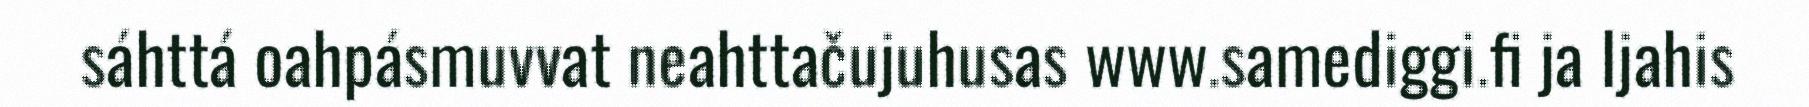
sáhttá oahpásmuvvat neahttačujuhusas www.samediggi.fi ja Ijahis